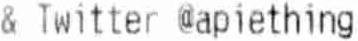
& TWITTER @APIETHING